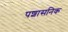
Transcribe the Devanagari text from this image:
पशासनिक